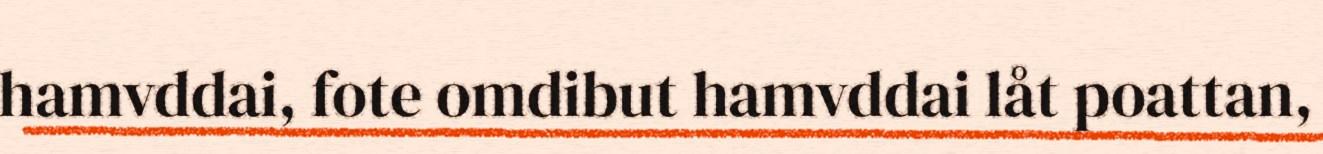
hamvddai, fote omdibut hamvddai låt poattan,